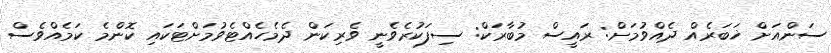
ސަންއަށް ޚަބަރެއް ދެއްވުމަށް: ރައީސް މުބާރަކް: ސިފަކުރެވެނީ ވެރިކަން ދެމެހެއްޓެވުމަށްޓަކައި ކޮންމެ ކަމެއްވެސް